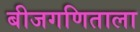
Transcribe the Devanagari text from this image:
बीजगणिताला